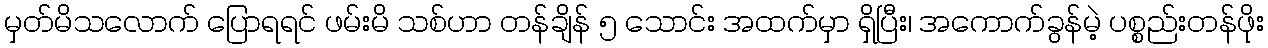
မှတ်မိသလောက် ပြောရရင် ဖမ်းမိ သစ်ဟာ တန်ချိန် ၅ သောင်း အထက်မှာ ရှိပြီး၊ အကောက်ခွန်မဲ့ ပစ္စည်းတန်ဖိုး